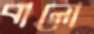
বালো